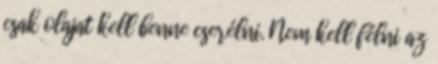
csak olajat kell benne cserélni. Nem kell félni az